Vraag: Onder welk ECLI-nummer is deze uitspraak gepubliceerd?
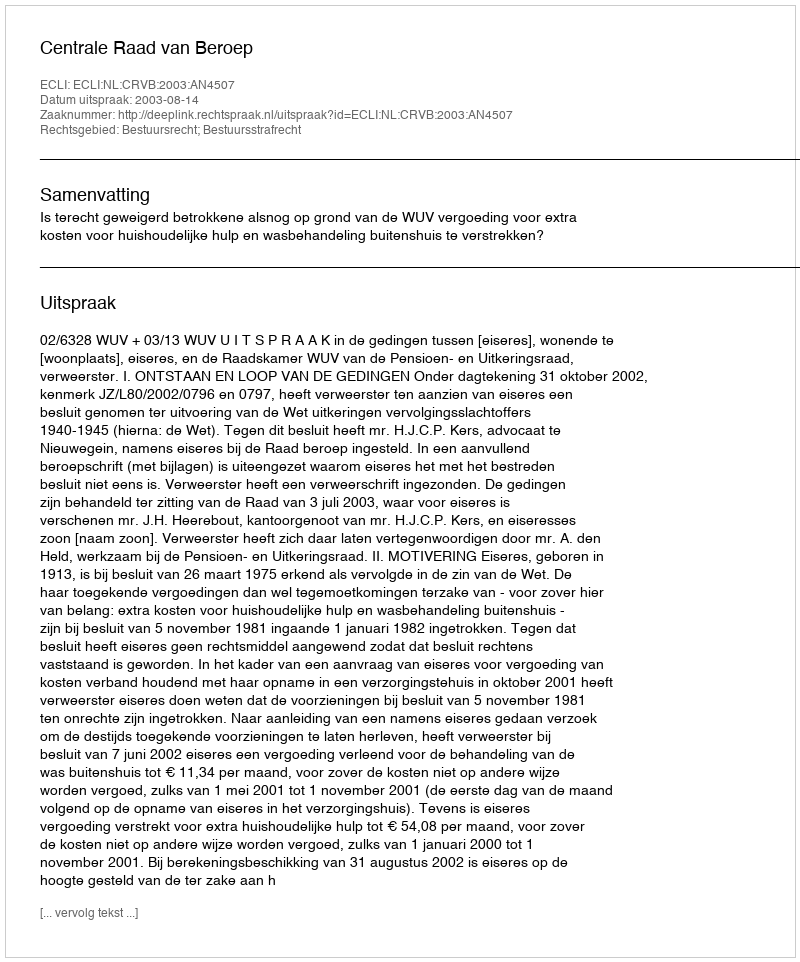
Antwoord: ECLI:NL:CRVB:2003:AN4507